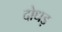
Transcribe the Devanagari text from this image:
दोधड़